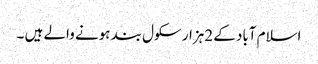
اسلام آباد کے 2ہزار سکول بند ہونے والے ہیں ۔